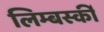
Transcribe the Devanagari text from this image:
लिम्बर्स्की